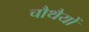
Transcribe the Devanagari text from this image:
चौथैयों